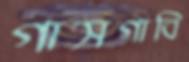
গাসগাবি